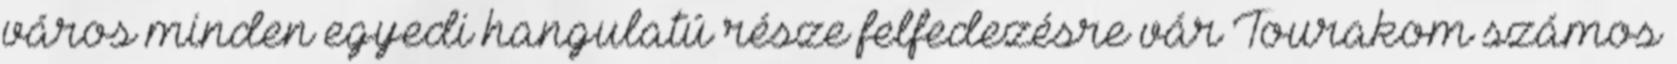
város minden egyedi hangulatú része felfedezésre vár Tourakom számos